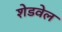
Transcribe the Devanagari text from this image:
शेडवेल